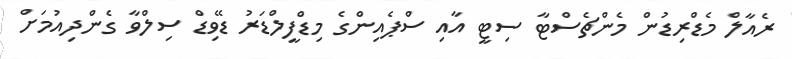
ރެއާލް މެޑްރިޑުން މެންޗެސްޓާ ސިޓީ އާއި ސްޕެއިންގެ މިޑްފީލްޑަރު ޑޭވިޑް ސިލްވާ ގެންދިއުމަށް